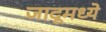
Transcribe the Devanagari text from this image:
जादूमध्ये